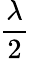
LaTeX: \frac{\lambda}{2}